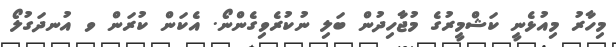
މިހާރު މިއުޅެނީ ކަޝްމީރުގެ މުޖާހިދުން ބަލި ނުކުރެވިގެންނޯ. އެކަން ކުރަން ވ އުނދަގުލޯ